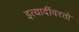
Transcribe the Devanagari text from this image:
इत्यादींवरतो